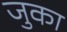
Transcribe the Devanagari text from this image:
जुका